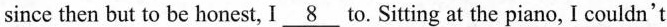
since then but to be honest, I \underline{8} to. Sitting at the piano, I couldn`t